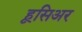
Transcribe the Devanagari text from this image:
हूसिअर